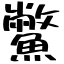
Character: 鱉